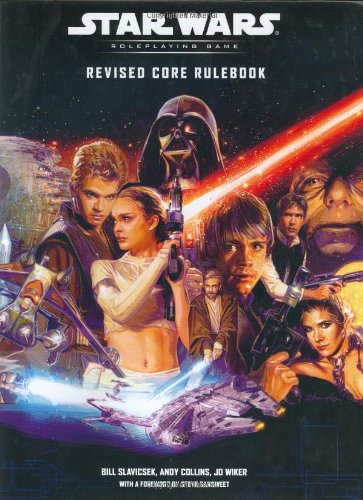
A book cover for Revised Core Rulebook (Star Wars Roleplaying Game); Bill Slavicsek; Science Fiction & Fantasy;